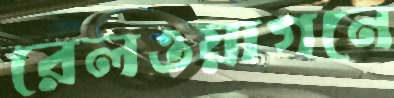
রেলওয়াগনে